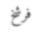
فرشخ